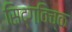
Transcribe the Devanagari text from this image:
सिद्गविच्क